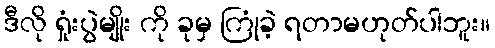
ဒီလို ရှုံးပွဲမျိုး ကို ခုမှ ကြုံခဲ့ ရတာမဟုတ်ပါဘူး။